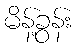
မိန့်ခွန်း